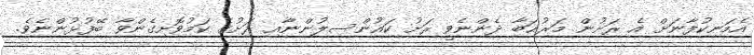
އެމަނިކުފާނަށް އެ ރަށުން މަރުޙަބާ ދެންނެވީ ރަށު ކައުންސިލުންނާއި ރަށުގެ ކަމުވޮށިގެންވާ ބޭފުޅުންނެވެ.